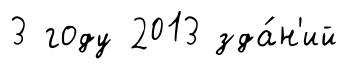
3 году 2013 зда́н'ий